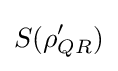
S(\rho _{QR}')